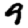
Digit: 9